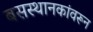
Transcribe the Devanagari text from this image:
बसस्थानकांवरून